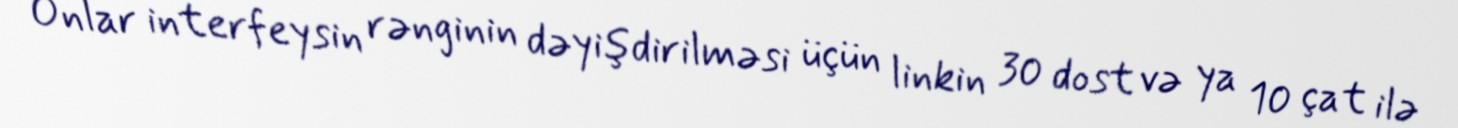
Onlar interfeysin rənginin dəyişdirilməsi üçün linkin 30 dost və ya 10 çat ilə